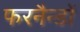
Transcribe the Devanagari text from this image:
फरनैन्डों